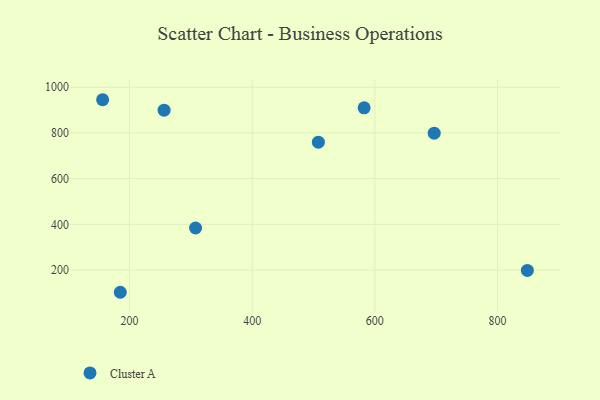
{"axis": {"x": "Experience", "y": "Profit"}, "legend": ["Cluster A"], "data": [{"x": "507.9", "y": 759.4, "type": "Cluster A"}, {"x": "256.4", "y": 899.2, "type": "Cluster A"}, {"x": "696.7", "y": 798.8, "type": "Cluster A"}, {"x": "185.0", "y": 102.7, "type": "Cluster A"}, {"x": "307.7", "y": 383.8, "type": "Cluster A"}, {"x": "156.2", "y": 945.1, "type": "Cluster A"}, {"x": "848.6", "y": 198.2, "type": "Cluster A"}, {"x": "582.5", "y": 909.7, "type": "Cluster A"}]}